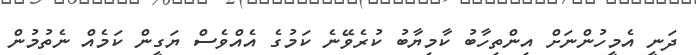
ދަނީ އެމީހުންނަށް އިންތިހާބު ކާމިޔާބު ކުރެވޭނެ ކަމުގެ އެއްވެސް ޔަގީން ކަމެއް ނެތުމުން